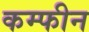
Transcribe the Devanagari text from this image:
कम्फीन